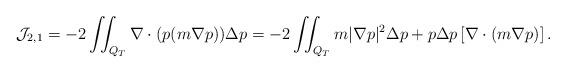
LaTeX: \begin{align*} \mathcal{J}_{2,1} = -2 \iint_{Q_T} \nabla \cdot(p (m \nabla p)) \Delta p = -2 \iint_{Q_T} m|\nabla p|^2 \Delta p + p \Delta p \left[ \nabla \cdot(m \nabla p) \right]. \end{align*}